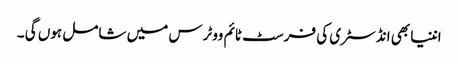
اننیا بھی انڈسٹری کی فرسٹ ٹائم ووٹرس میں شامل ہوں گی ۔